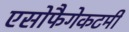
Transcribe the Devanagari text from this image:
एसोफैगेकटमी